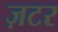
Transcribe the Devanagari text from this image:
ज़टर